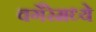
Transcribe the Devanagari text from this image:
वगैरेमध्ये